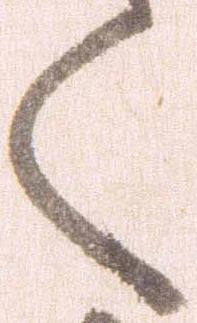
く